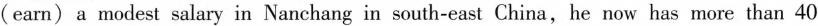
(earn) a modest salary in Nanchang in south-east China,he now has more than 40